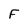
Character: F